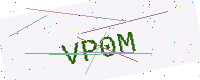
Text: VP0M